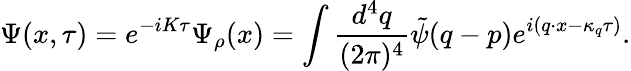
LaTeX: \Psi(x,\tau)=e^{-iK\tau}\Psi_{\rho}(x)=\int\frac{d^{4}q}{(2\pi)^{4}}\tilde{\psi}(q-p)e^{i(q\cdot x-\kappa_{q}\tau)}.